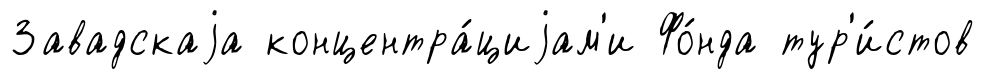
Завадскаjа концентра́циjам'и Фо́нда тур'и́стов